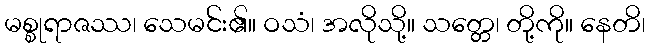
မစ္စုရာဇဿ၊ သေမင်း၏။ ဝသံ၊ အလိုသို့။ သတ္တေ၊ တို့ကို။ နေတိ၊